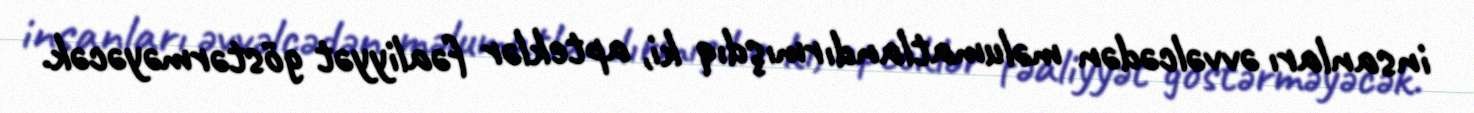
insanları əvvəlcədən məlumatlandırmışdıq ki, apteklər fəaliyyət göstərməyəcək.